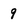
Character: 9